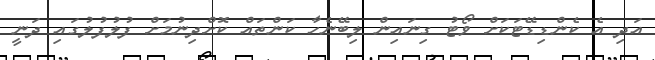
އަދި އެ ކެންޑިޑޭޓަކަށް ވޯޓު ގިނައިން ލިބޭނެހާ ކަންތައް ކޮށްދިނުމަށް ފުލުފުލުގައި ދަނީ